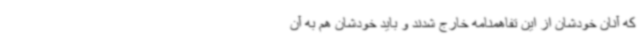
که آنان خودشان از این تفاهمنامه خارج شدند و باید خودشان هم به آن